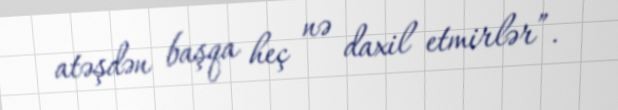
atəşdən başqa heç nə daxil etmirlər”.